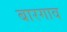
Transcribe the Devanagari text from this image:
बारगाव